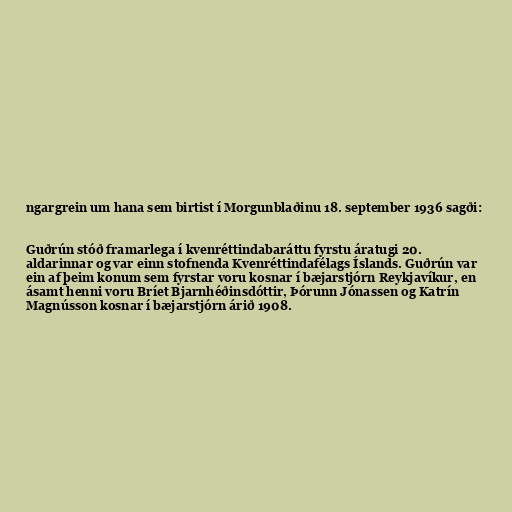
ngargrein um hana sem birtist í Morgunblaðinu 18. september 1936 sagði:

Guðrún stóð framarlega í kvenréttindabaráttu fyrstu áratugi 20.
aldarinnar og var einn stofnenda Kvenréttindafélags Íslands. Guðrún var
ein af þeim konum sem fyrstar voru kosnar í bæjarstjórn Reykjavíkur, en
ásamt henni voru Bríet Bjarnhéðinsdóttir, Þórunn Jónassen og Katrín
Magnússon kosnar í bæjarstjórn árið 1908.